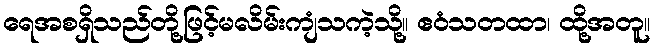
ရေအစရှိသည်တို့ဖြင့်မလိမ်းကျံသကဲ့သို့။ ဧဝံသတထာ၊ ထို့အတူ။